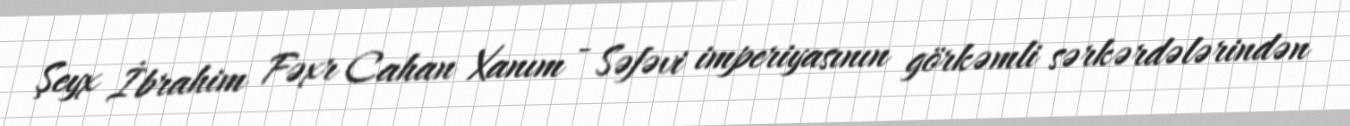
Şeyx İbrahim Fəxr Cahan Xanım - Səfəvi imperiyasının görkəmli sərkərdələrindən